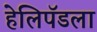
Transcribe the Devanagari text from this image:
हेलिपॅडला